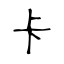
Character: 卡